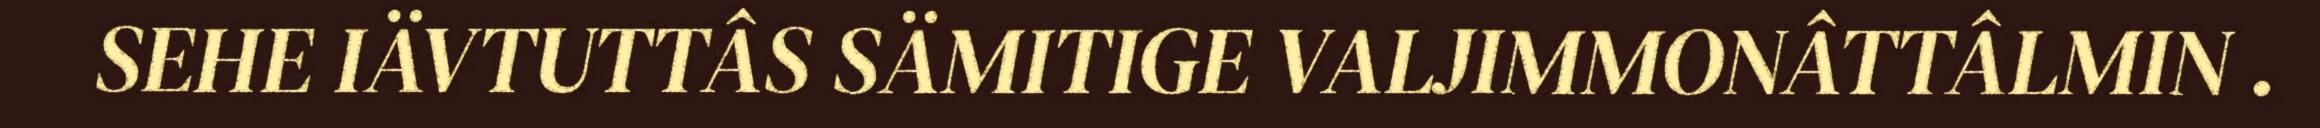
SEHE IÄVTUTTÂS SÄMITIGE VALJIMMONÂTTÂLMIN .